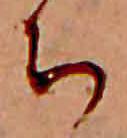
ち